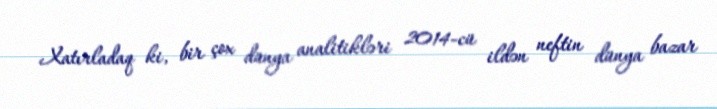
Xatırladaq ki, bir çox dünya analitikləri 2014-cü ildən neftin dünya bazar